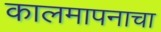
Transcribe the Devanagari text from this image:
कालमापनाचा